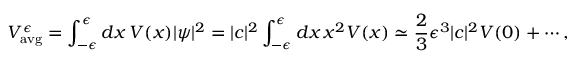
V _ { \mathrm { a v g } } ^ { \epsilon } = \int _ { - \epsilon } ^ { \epsilon } d x \, V ( x ) | \psi | ^ { 2 } = | c | ^ { 2 } \int _ { - \epsilon } ^ { \epsilon } d x \, x ^ { 2 } V ( x ) \simeq { \frac { 2 } { 3 } } \epsilon ^ { 3 } | c | ^ { 2 } V ( 0 ) + \cdots ,